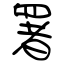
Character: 署